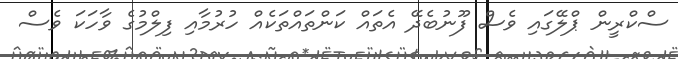
ސްކްރީން ޕްލޭގައި ވެސް ފޫނުބެދޭ އެތައް ކަންތައްތަކެއް ހުރުމާއި ފިލްމުގެ ވާހަކަ ވެސް